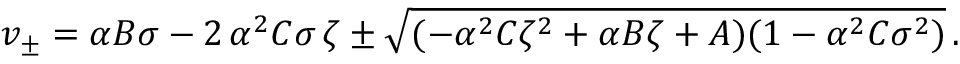
v _ { \pm } = \alpha B \sigma - 2 \, \alpha ^ { 2 } C \sigma \, \zeta \pm \sqrt { ( - \alpha ^ { 2 } C { \zeta } ^ { 2 } + \alpha B \zeta + A ) ( 1 - \alpha ^ { 2 } C { \sigma } ^ { 2 } ) } \, .